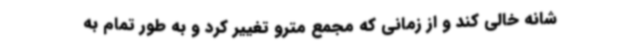
شانه خالی کند و از زمانی که مجمع مترو تغییر کرد و به طور تمام به